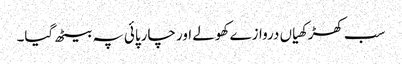
سب کھڑکھیاں دروازے کھولے اور چارپائی پہ بیٹھ گیا۔